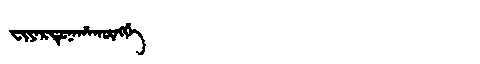
Manchu: ᠸᡳᠶᠠᡵᡨᡠᠨᠠᡥᠠᡴᡡᠩᡤᡝ
Romanization: FIYARTUNAHAKŪNGGE